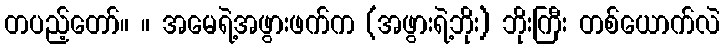
တပည့်တော်။ ။ အမေရဲ့အဖွားဖက်က (အဖွားရဲ့ဘိုး) ဘိုးကြီး တစ်ယောက်လဲ